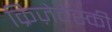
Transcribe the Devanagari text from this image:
क्रिज़ेवेस्की